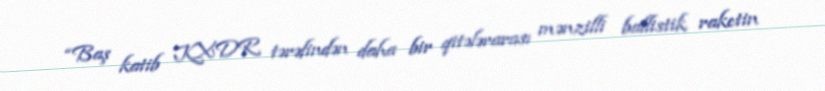
“Baş katib KXDR tərəfindən daha bir qitələrarası mənzilli ballistik raketin